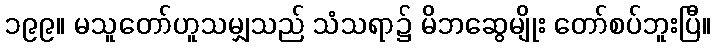
၁၉၉။ မသူတော်ဟူသမျှသည် သံသရာ၌ မိဘဆွေမျိုး တော်စပ်ဘူးပြီ။